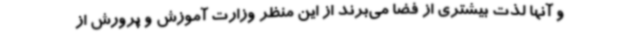
و آنها لذت بیشتری از فضا می‌برند از این منظر وزارت آموزش و پرورش از